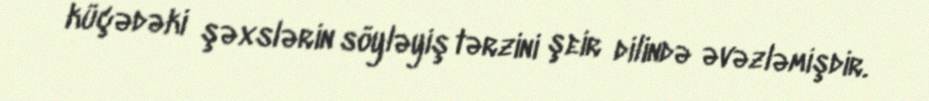
küçədəki şəxslərin söyləyiş tərzini şeir dilində əvəzləmişdir.